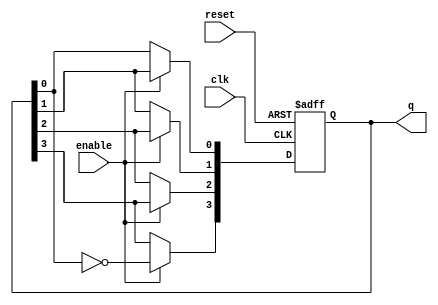
module johnson_counter (
    input wire clk,          // Clock input
    input wire enable,       // Enable signal
    input wire reset,        // Asynchronous reset
    output reg [3:0] q       // 4-bit output representing the current state
);

    // Asynchronous reset and counting operation
    always @(posedge clk or posedge reset) begin
        if (reset) begin
            q <= 4'b0000;    // Reset the counter to 0
        end else if (enable) begin
            // Johnson counter logic
            q[3] <= ~q[0];    // Invert the last flip-flop output and feed it to the first
            q[2] <= q[3];     // Shift the values
            q[1] <= q[2];
            q[0] <= q[1];
        end
        // If enable is low, retain the current state
    end

endmodule